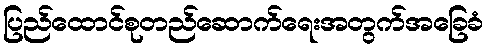
ပြည်ထောင်စုတည်ဆောက်ရေးအတွက်အခြေခံ